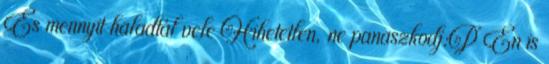
És mennyit haladtál vele Hihetetlen, ne panaszkodj:P Én is